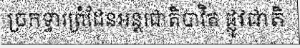
ច្រកទ្វារព្រំដែនអន្តរជាតិបាវិត ផ្លូវជាតិ